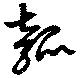
瓠